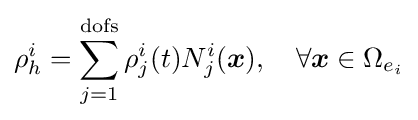
\rho _{h}^{i}=\sum _{j=1}^{\text{dofs}}\rho _{j}^{i}(t)N_{j}^{i}({\boldsymbol {x}}),\quad \forall {\boldsymbol {x}}\in \Omega _{e_{i}}